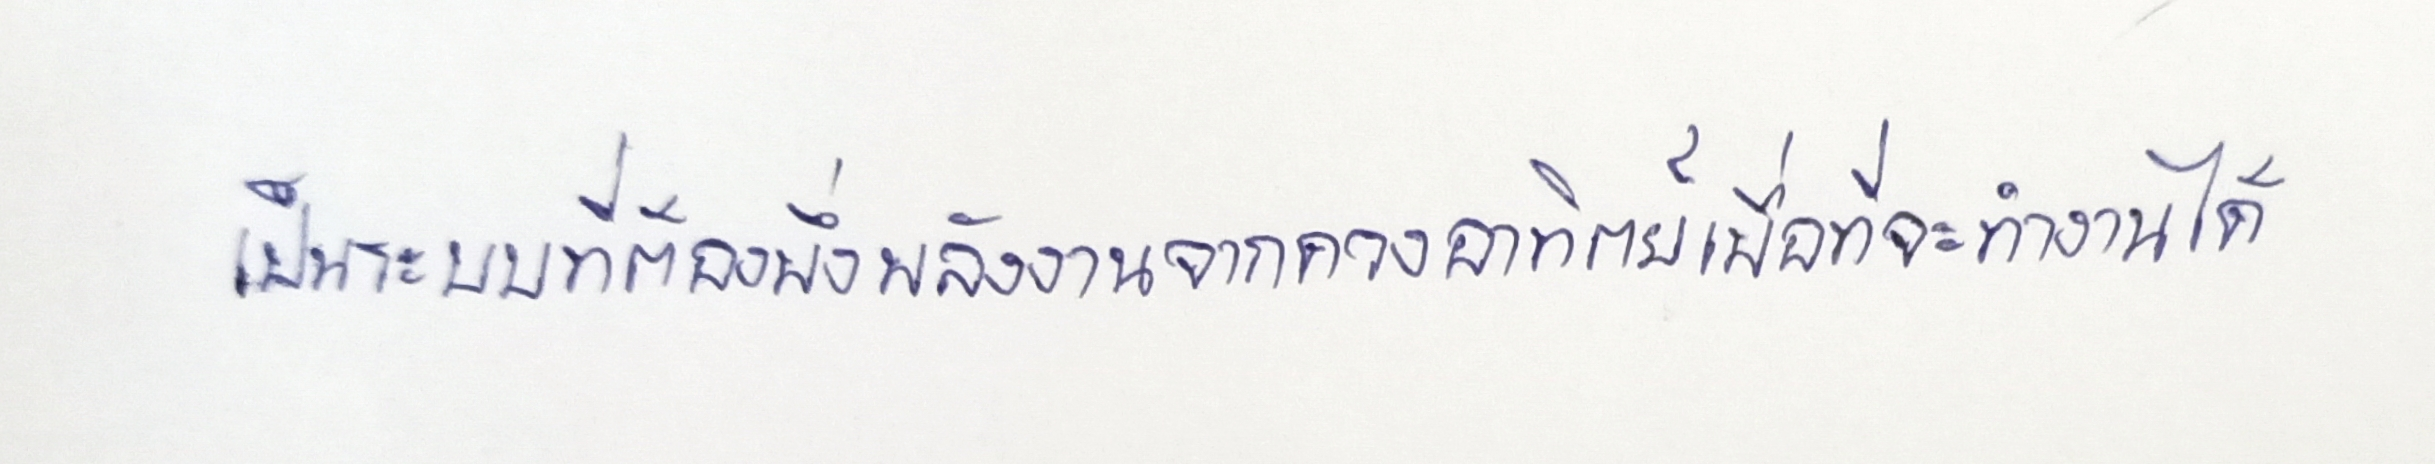
เป็นระบบที่ต้องพึ่งพลังงานจากดวงอาทิตย์เพื่อที่จะทำงานได้